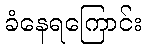
ခံနေရကြောင်း